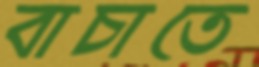
বাচাতে